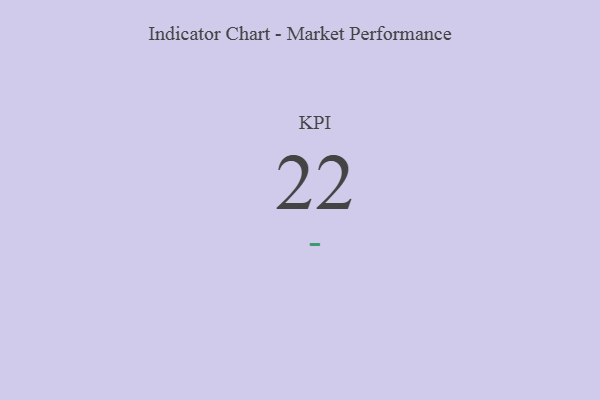
{"axis": {"x": "KPI", "y": "Value"}, "legend": [""], "data": [{"x": "KPI", "y": 22, "type": ""}]}